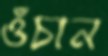
ওঁচান